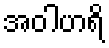
အဝါဟရိ